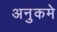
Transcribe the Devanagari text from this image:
अनुकमे